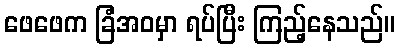
ဖေဖေက ခြံအဝမှာ ရပ်ပြီး ကြည့်နေသည်။